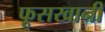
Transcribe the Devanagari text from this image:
फूसखानी